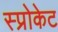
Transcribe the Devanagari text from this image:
स्प्रोकेट